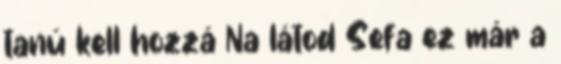
tanú kell hozzá Na látod Sefa ez már a